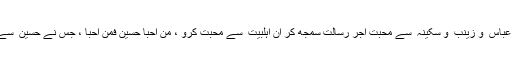
علیؑ کی محبت حسن ؑ و حسین ؑ کی محبت عباس ؑ و زینب ؑ و سکینہ ؑ سے محبت اجر رسالت سمجھ کر ان اہلبیت ؑ سے محبت کرو ، من احبا حسینؑ فمن احبا ، جس نے حسین ؑ سے محبت کی اس نے مجھ سے محبت کی ۔